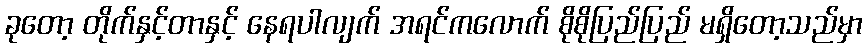
ခုတော့ တိုက်နှင့်တာနှင့် နေရပါလျက် အရင်ကလောက် စိုစိုပြည်ပြည် မရှိတော့သည်မှာ